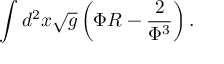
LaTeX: \int d ^ { 2 } x \sqrt { g } \left( \Phi R - \frac { 2 } { \Phi ^ { 3 } } \right) .